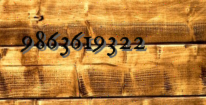
9863619322